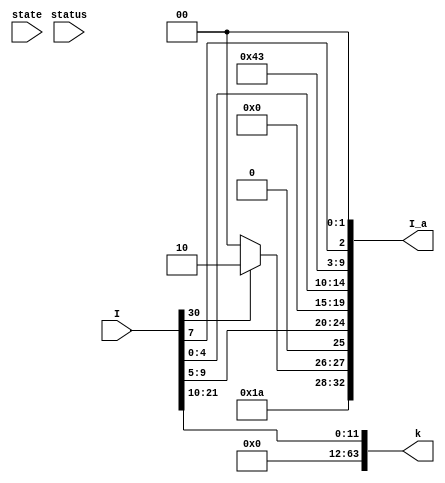
// Control Word includes:
// 1st bit to last bit e.g. 32:32
// [1] Databus ALU Enable
// [1] ALU B Select
// [5] ALU Function Select
// [1] Databus Register File B Enable
// [5] Register File Select A
// [5] Register File Select B
// [5] Register File Write Address
// [1] Register File Write
// [1] Databus RAM Enable
// [1] RAM Write
// [1] Databus Program Counter Enable
// [2] Program Counter Function Select
// [1] Program Counter Input Select
// [1] Status Load
 // [2] Next State
// 33 in total

module I_arith_decoder(state, status, I, I_a, k);

            input[31:0] I;
            input[4:0] status;
            input[1:0] state;
            output[32:0] I_a;
            output [63:0] k;

            wire [11:0] zf;
            wire [9:0] op;
            wire [4:0] Rn;
            wire [4:0] Rd;

            assign {op, zf, Rn, Rd} = I;

            wire alu_enable;
            wire alu_bs;
            wire [4:0] alu_fs;

            wire databus_register_file_b_enable;
            wire [4:0] register_sa;
            wire [4:0] register_sb;
            wire [4:0] register_wa;
            wire register_w;

            wire databus_ram_enable;
            wire ram_w;

            wire databus_pc_enable;
            wire [1:0] pc_fs;
            wire pc_input_select;

            wire status_load;
            wire [1:0] NS;

            assign k = zf;

            assign I_a = {
                    alu_enable,
                    alu_bs,
                    alu_fs,
                    databus_register_file_b_enable,
                    register_sa,
                    register_sb,
                    register_wa,
                    register_w,
                    databus_ram_enable,
                    ram_w,
                    databus_pc_enable,
                    pc_fs,
                    pc_input_select,
                    status_load,
                    NS
                };

                assign alu_enable = 1'b1;
                assign alu_bs = 1'b1;
    //   000   001   010   011   100   101  110 111
    // { and   or    add   xor   left right  0   0 }
                assign alu_fs = op[8] ? 5'b01010 : 5'b01000; // bit 9 1 = sub, 0 = add
                assign databus_register_file_b_enable = 1'b0;
                assign register_sa = Rn;
                assign register_sb = 5'b00000;
                assign register_wa = Rd;
                assign register_w = 1'b1;
                assign databus_ram_enable = 1'b0;
                assign ram_w = 1'b0;
                assign databus_pc_enable = 1'b0;
                assign pc_fs = 2'b1;
                assign pc_input_select = 1'b1;
                assign status_load = I[7];  //bit 8 determines the status_load
                assign NS = 2'b00;
endmodule